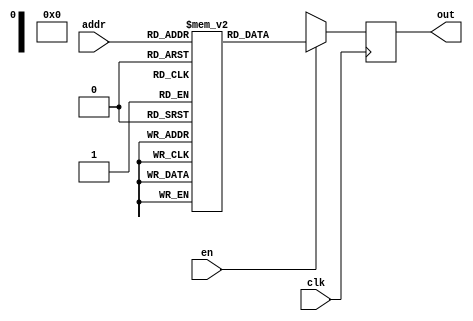
module seven_segment_using_rom(addr,clk,en,out);
  input [3:0] addr;
  input clk,en;
  output reg [7:0] out; 
  
  reg [7:0] rom [15:0]; //8 bit data and 16 location
  
  always@(posedge clk)
    begin
      
      if(en)
        out <= rom[addr];
      else
        out <= 4'bxxxx;
      
    end
  
  initial
    begin
      
      //common anode seven segment
      //h-g-f-e-d-c-b-a
      
      rom[16'h0] = 7'b1000000;
      rom[16'h1] = 7'b1111001;
      rom[16'h2] = 7'b0100100;
      rom[16'h3] = 7'b0110000;
      rom[16'h4] = 7'b0011001; 
      rom[16'h5] = 7'b0010010; 
      rom[16'h6] = 7'b0000010;
      rom[16'h7] = 7'b1111000;
      rom[16'h8] = 7'b0000000; 
      rom[16'h9] = 7'b0110000; 
      rom[16'ha] = 7'b0001000;
      rom[16'hb] = 7'b0000011;
      rom[16'hc] = 7'b1000110; 
      rom[16'hd] = 7'b0100001;
      rom[16'he] = 7'b0000110; 
      rom[16'hf] = 7'b0001110;
      
      
    end
endmodule